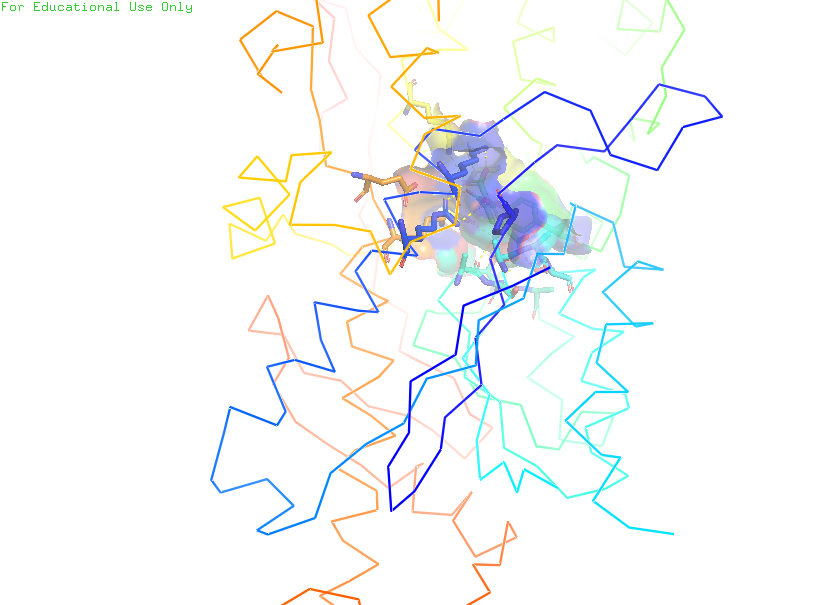
pymol, preset, ligand_sites_trans_hq